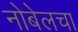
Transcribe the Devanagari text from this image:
नोबेलचा